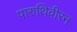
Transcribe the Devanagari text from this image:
पारुथिवीरन